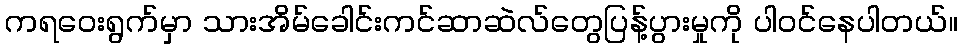
ကရဝေးရွက်မှာ သားအိမ်ခေါင်းကင်ဆာဆဲလ်တွေပြန့်ပွားမှုကို ပါဝင်နေပါတယ်။